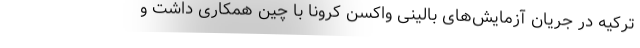
ترکیه در جریان آزمایش‌های بالینی واکسن کرونا با چین همکاری داشت و